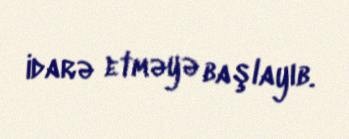
idarə etməyə başlayıb.